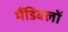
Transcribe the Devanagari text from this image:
मैंडिबलों